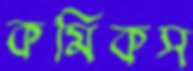
কমিকস